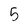
Character: 5